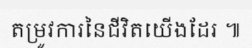
តម្រូវការនៃជីវិតយើងដែរ ៕